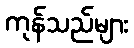
ကုန်သည်များ